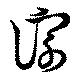
淙